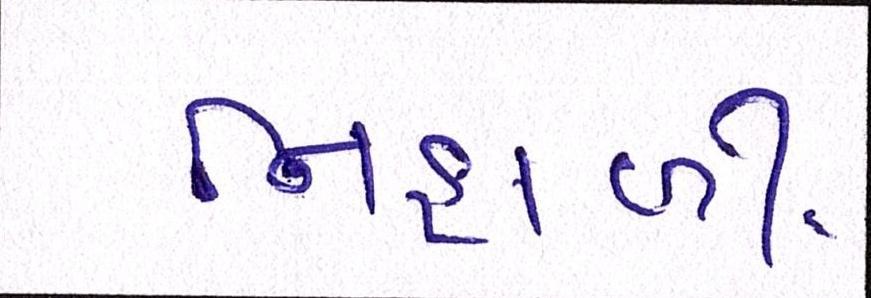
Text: નિહાળી